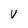
Character: V